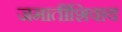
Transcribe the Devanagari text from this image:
जमातींशिवाय